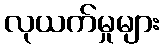
လုယက်မှုများ